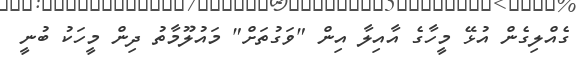
ގެއްލިގެން އުޅޭ މީހާގެ އާއިލާ އިން "ވަގުތަށް" މައުލޫމާތު ދިން މީހަކު ބުނީ